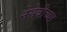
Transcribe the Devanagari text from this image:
नेसेबीच्या